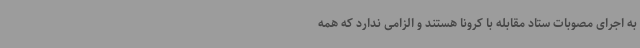
به اجرای مصوبات ستاد مقابله با کرونا هستند و الزامی ندارد که همه